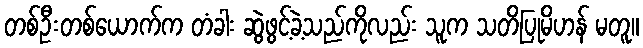
တစ်ဦးတစ်ယောက်က တံခါး ဆွဲဖွင့်ခဲ့သည်ကိုလည်း သူက သတိပြုမိဟန် မတူ။